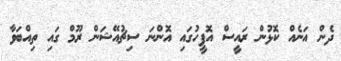
ދެން އަނެއް ކޮޅުން ރައީސް އޮފީހުގައި އޮންނަ ސިޗުއޭޝަން ރޫމް ގައި ތިއްބަވާ